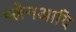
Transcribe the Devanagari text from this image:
प्लेनआदि